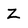
Character: Z